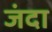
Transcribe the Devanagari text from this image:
जंदा